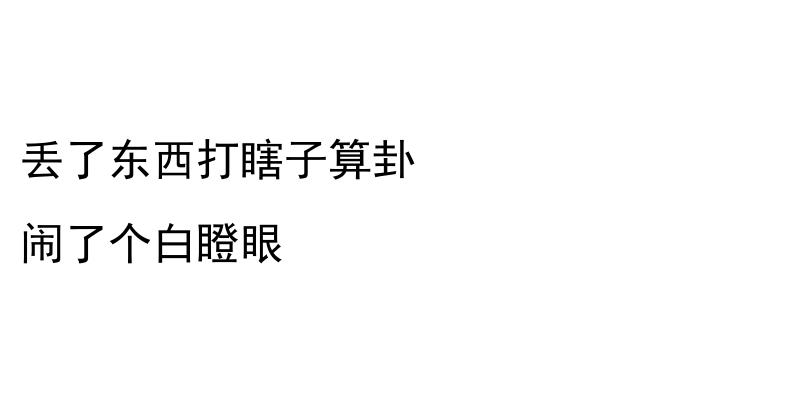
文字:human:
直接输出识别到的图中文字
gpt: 丢了东西打瞎子算卦 闹了个白瞪眼